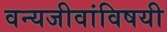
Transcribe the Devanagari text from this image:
वन्यजीवांविषयी